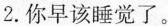
2.你早该睡觉了。